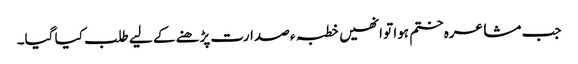
جب مشاعرہ ختم ہوا تو انھیں خطبہ ء صدارت پڑھنے کے لیے طلب کیا گیا۔